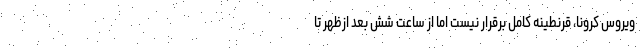
ویروس کرونا، قرنطینه کامل برقرار نیست اما از ساعت شش بعد ازظهر تا